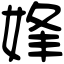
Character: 㛔